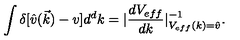
\int \delta [ \hat { v } ( \vec { k } ) - v ] d ^ { d } k = | \frac { d V _ { e f f } } { d k } | _ { V _ { e f f } ( k ) = \hat { v } } ^ { - 1 } .